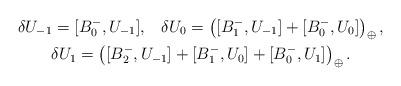
LaTeX: \begin{gather*}\delta U_{-1} = [B_0^-,U_{-1}], \;\;\; \delta U_0 = \left([B_1^-,U_{-1}] + [B_0^-,U_0]\right)_{\oplus}, \\\delta U_1 = \left([B_2^-,U_{-1}]+[B_1^-,U_0]+[B_0^-,U_1]\right)_{\oplus}.\end{gather*}